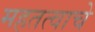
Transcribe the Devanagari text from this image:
महतत्वाचे